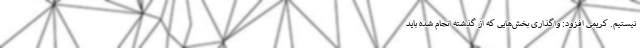
نیستیم. کریمی افزود: واگذاری بخش‌هایی که از گذشته انجام شده باید